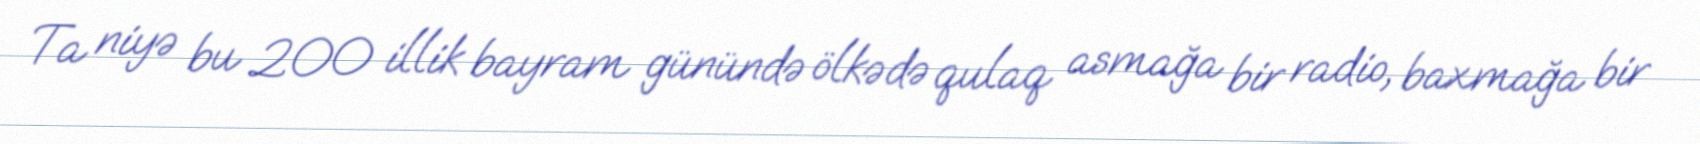
Ta niyə bu 200 illik bayram günündə ölkədə qulaq asmağa bir radio, baxmağa bir